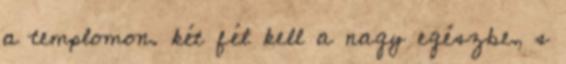
a templomon. két fél kell a nagy egészbe, s